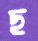
ছ